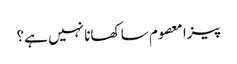
پیزا معصوم سا کھانا نہیں ہے؟